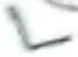
Text: L